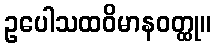
ဥပေါသထဝိမာနဝတ္ထု။